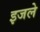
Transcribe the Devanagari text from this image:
इजले